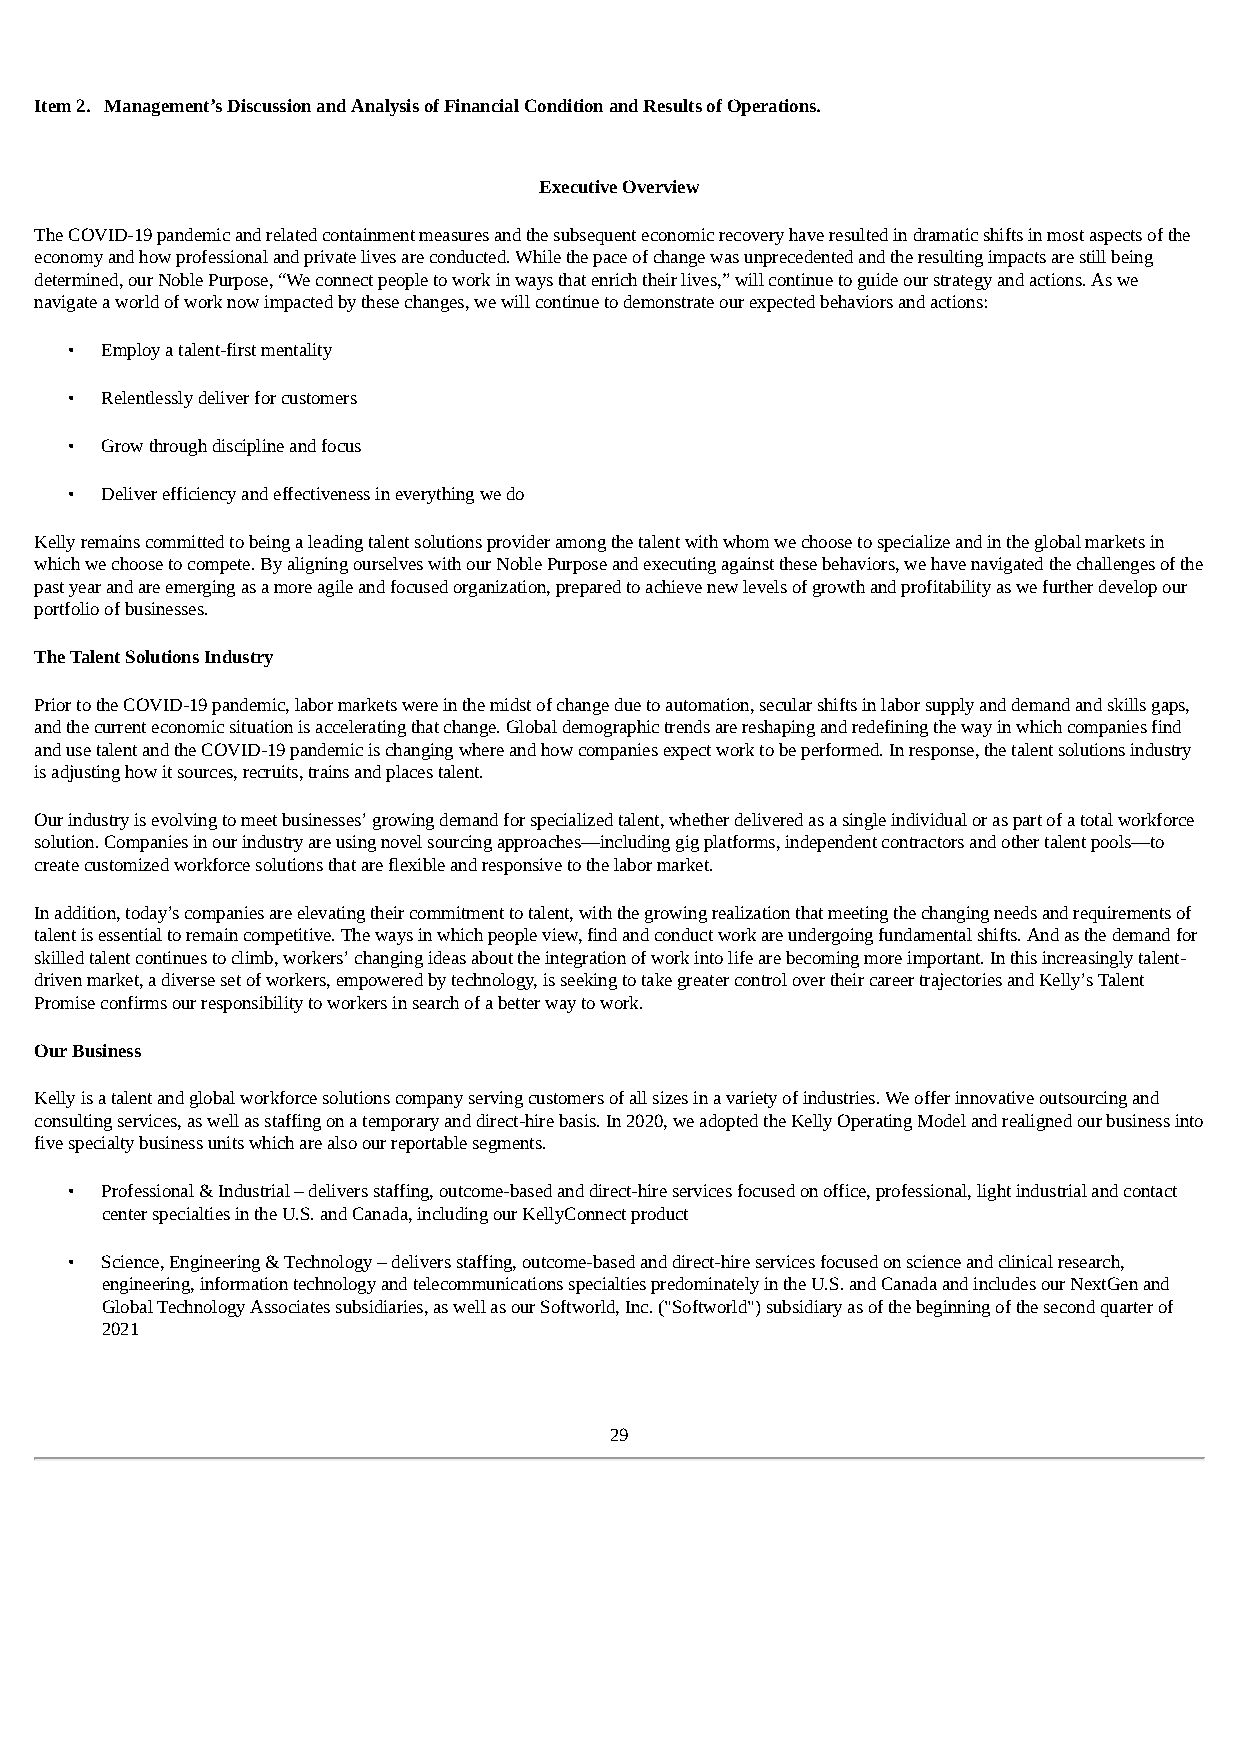
Item 2. Management’s Discussion and Analysis of Financial Condition and Results of Operations.
 Executive Overview
 The COVID-19 pandemic and related containment measures and the subsequent economic recovery have resulted in dramatic shifts in most aspects of the
 economy and how professional and private lives are conducted. While the pace of change was unprecedented and the resulting impacts are still being
 determined, our Noble Purpose, “We connect people to work in ways that enrich their lives,” will continue to guide our strategy and actions. As we
 navigate a world of work now impacted by these changes, we will continue to demonstrate our expected behaviors and actions:
 •  Employ a talent-first mentality
 •  Relentlessly deliver for customers
 •  Grow through discipline and focus
 •  Deliver efficiency and effectiveness in everything we do
 Kelly remains committed to being a leading talent solutions provider among the talent with whom we choose to specialize and in the global markets in
 which we choose to compete. By aligning ourselves with our Noble Purpose and executing against these behaviors, we have navigated the challenges of the
 past year and are emerging as a more agile and focused organization, prepared to achieve new levels of growth and profitability as we further develop our
 portfolio of businesses.
 The Talent Solutions Industry
 Prior to the COVID-19 pandemic, labor markets were in the midst of change due to automation, secular shifts in labor supply and demand and skills gaps,
 and the current economic situation is accelerating that change. Global demographic trends are reshaping and redefining the way in which companies find
 and use talent and the COVID-19 pandemic is changing where and how companies expect work to be performed. In response, the talent solutions industry
 is adjusting how it sources, recruits, trains and places talent.
 Our industry is evolving to meet businesses’ growing demand for specialized talent, whether delivered as a single individual or as part of a total workforce
 solution. Companies in our industry are using novel sourcing approaches—including gig platforms, independent contractors and other talent pools—to
 create customized workforce solutions that are flexible and responsive to the labor market.
 In addition, today’s companies are elevating their commitment to talent, with the growing realization that meeting the changing needs and requirements of
 talent is essential to remain competitive. The ways in which people view, find and conduct work are undergoing fundamental shifts. And as the demand for
 skilled talent continues to climb, workers’ changing ideas about the integration of work into life are becoming more important. In this increasingly talent-
 driven market, a diverse set of workers, empowered by technology, is seeking to take greater control over their career trajectories and Kelly’s Talent
 Promise confirms our responsibility to workers in search of a better way to work.
 Our Business
 Kelly is a talent and global workforce solutions company serving customers of all sizes in a variety of industries. We offer innovative outsourcing and
 consulting services, as well as staffing on a temporary and direct-hire basis. In 2020, we adopted the Kelly Operating Model and realigned our business into
 five specialty business units which are also our reportable segments.
 •  Professional & Industrial – delivers staffing, outcome-based and direct-hire services focused on office, professional, light industrial and contact
 center specialties in the U.S. and Canada, including our KellyConnect product
 •  Science, Engineering & Technology – delivers staffing, outcome-based and direct-hire services focused on science and clinical research,
 engineering, information technology and telecommunications specialties predominately in the U.S. and Canada and includes our NextGen and
 Global Technology Associates subsidiaries, as well as our Softworld, Inc. ("Softworld") subsidiary as of the beginning of the second quarter of
 2021
 29